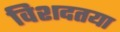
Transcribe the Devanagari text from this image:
विशदतया